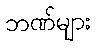
ဘဏ်များ